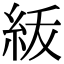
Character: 𥿈